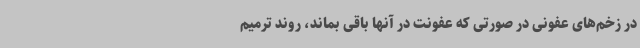
در زخم‌های عفونی در صورتی که عفونت در آنها باقی بماند، روند ترمیم